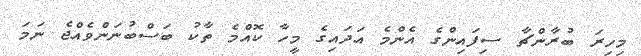
މިހިރަ ބުރާންޗާ ސިފައިންގެ އެންމެ އަދައިގެ މީހާ ކޮއްމެ ތާކު ބަސްބުނަންވެއްޖެ ނަމަ